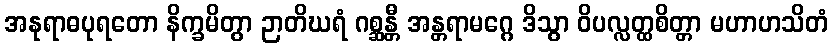
အနုရာဓပုရတော နိက္ခမိတွာ ဉာတိဃရံ ဂစ္ဆန္တီ အန္တရာမဂ္ဂေ ဒိသွာ ဝိပလ္လတ္ထစိတ္တာ မဟာဟသိတံ